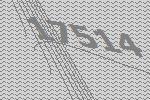
17514